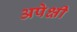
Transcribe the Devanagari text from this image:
अपेक्षी